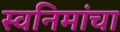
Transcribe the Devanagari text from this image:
स्वनिमांचा